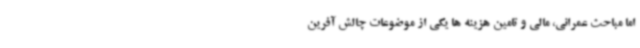
اما مباحث عمرانی، مالی و تامین هزینه ها یکی از موضوعات چالش آفرین